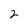
Character: 2